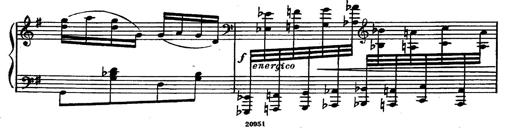
Title: Magyar rapszÃ³diÃ¡k
Composer: Franz Liszt